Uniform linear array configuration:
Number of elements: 48
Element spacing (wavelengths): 0.25
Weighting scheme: hamming
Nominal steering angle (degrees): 0
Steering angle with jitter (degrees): -1.301
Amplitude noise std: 0.05
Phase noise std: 0.05

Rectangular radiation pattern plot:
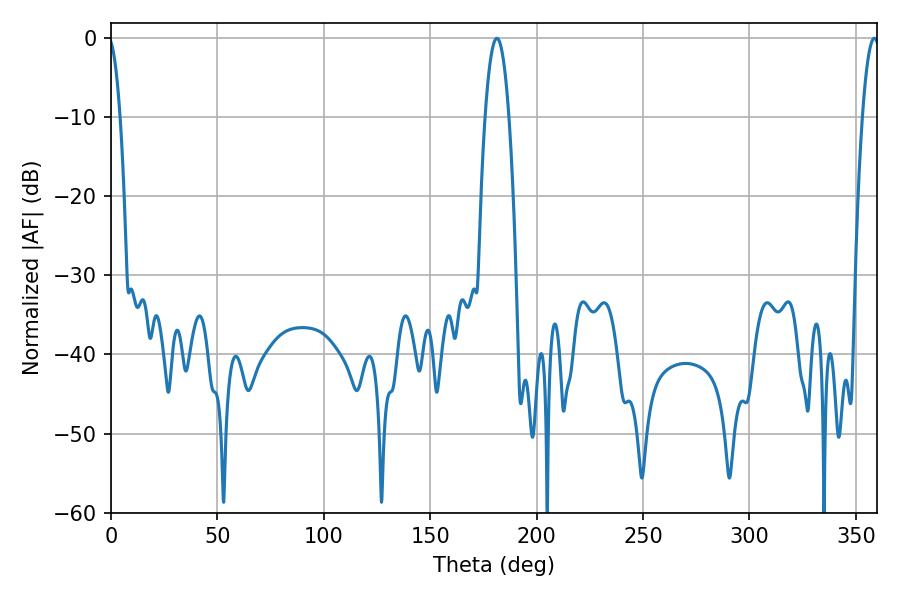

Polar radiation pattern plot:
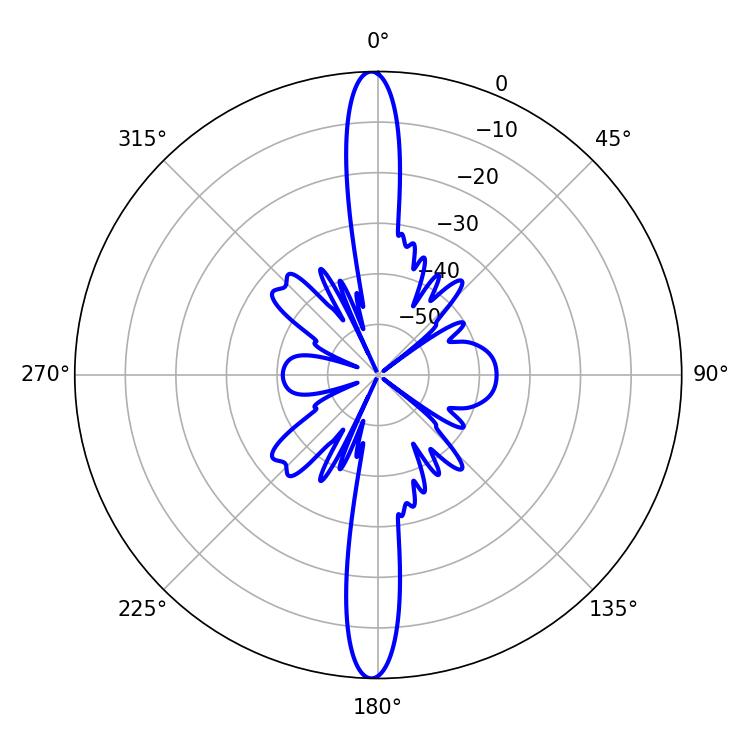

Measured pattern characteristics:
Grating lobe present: FALSE
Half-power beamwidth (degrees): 6.3
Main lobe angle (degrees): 181.26